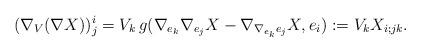
LaTeX: \begin{align*} (\nabla_V (\nabla X) )^i_j = V_k\, g(\nabla_{e_k} \nabla_{e_j} X - \nabla_{\nabla_{e_k} e_j} X, e_i ):= V_k X_{i;jk}.\end{align*}